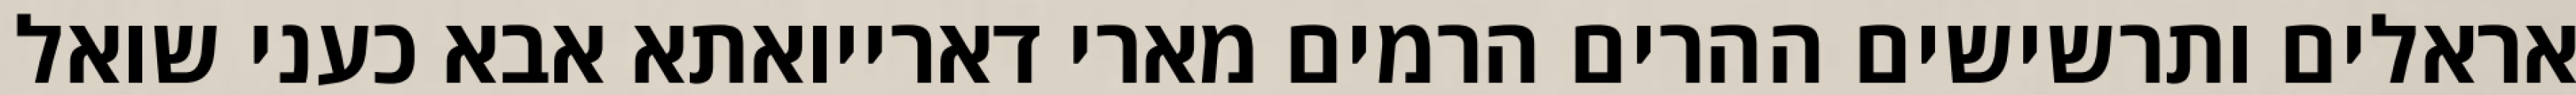
אראלים ותרשישים ההרים הרמים מארי דארייואתא אבא כעני שואל